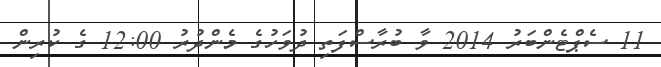
11 ސެޕްޓެންބަރު 2014 ވާ ބުރާސްފަތި ދުވަހުގެ މެންދުރު 12:00 ގެ ކުރިން